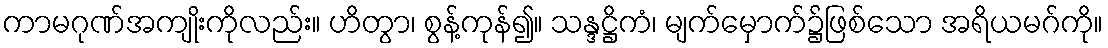
ကာမဂုဏ်အကျိုးကိုလည်း။ ဟိတွာ၊ စွန့်ကုန်၍။ သန္ဒဋ္ဌိကံ၊ မျက်မှောက်၌ဖြစ်သော အရိယမဂ်ကို။